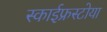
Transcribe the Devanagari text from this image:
स्काईफ्रस्टोया